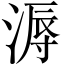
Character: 溽